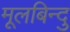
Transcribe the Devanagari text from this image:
मूलबिन्दु